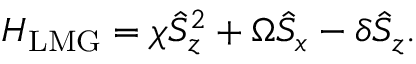
H _ { \mathrm { L M G } } = \chi \hat { S } _ { z } ^ { 2 } + \Omega \hat { S } _ { x } - \delta \hat { S } _ { z } .